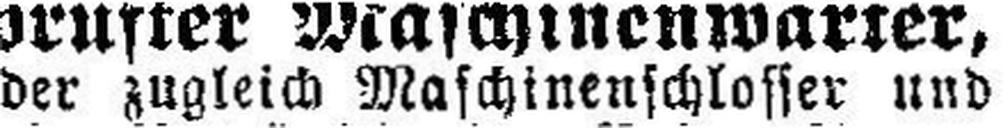
der zugleich Maschinenschlosser und